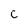
Character: C